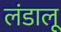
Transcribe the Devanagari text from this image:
लंडालू